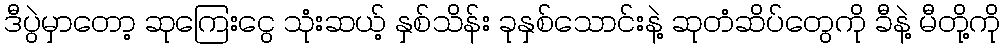
ဒီပွဲမှာတော့ ဆုကြေးငွေ သုံးဆယ့် နှစ်သိန်း ခုနှစ်သောင်းနဲ့ ဆုတံဆိပ်တွေကို ခီနဲ့ မီတို့ကို